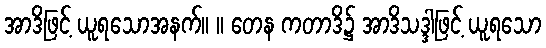
အာဒိဖြင့် ယူရသောအနက်။ ။ တေန ကတာဒိ၌ အာဒိသဒ္ဒါဖြင့် ယူရသော